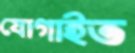
যোগাইত